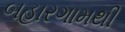
બહારગામથી